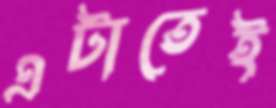
এটাতেই